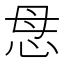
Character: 𢘓